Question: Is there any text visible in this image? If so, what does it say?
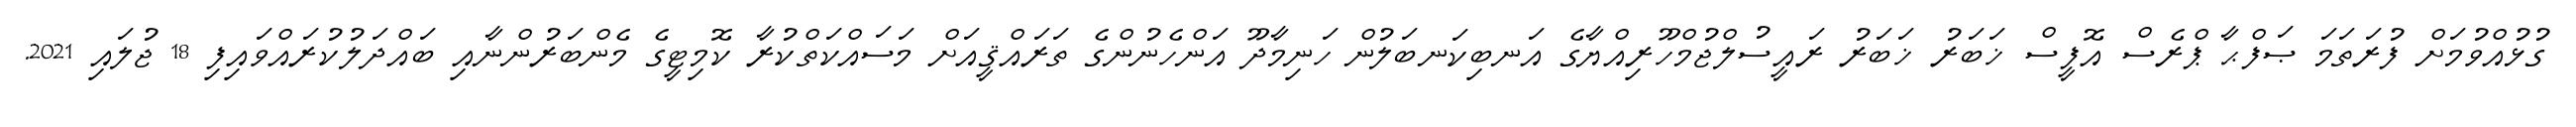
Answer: ގުޅުއްވުމަށް ފުރަތަމަ ޞަފްޙާ ޕްރެސް އޮފީސް ޚަބަރު ޚަބަރު ރައީސުލްޖުމްހޫރިއްޔާގެ އަނބިކަނބަލުން ހަނިމާދޫ އަންހެނުންގެ ތަރައްޤީއަށް މަސައްކަތްކުރާ ކޮމިޓީގެ މެންބަރުންނާއި ބައްދަލުކުރައްވައިފި 18 ޖުލައި 2021.